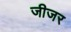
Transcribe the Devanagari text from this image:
जीजर